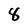
Character: 8